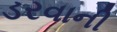
ડરવાની